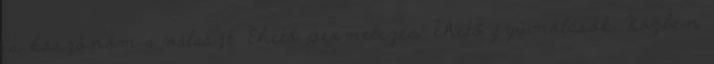
is köszönöm a választ. Ehető permetezés, ehető gyümölcsök. Közben